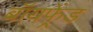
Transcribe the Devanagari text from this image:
बॉयफ़्रेंड